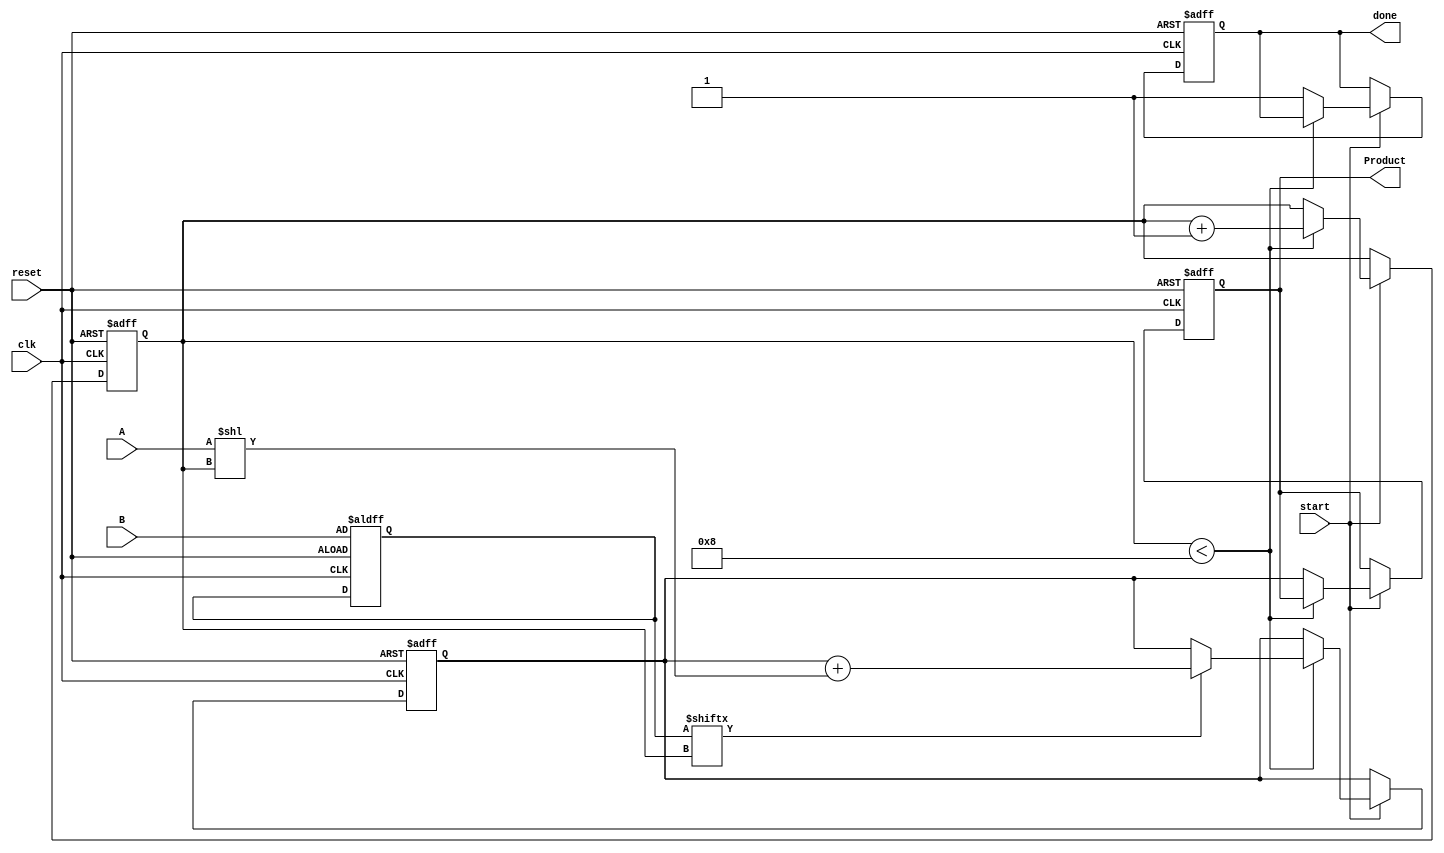
module PartialProductAccumulator #(
    parameter N = 8, // Width of multiplicand
    parameter M = 8  // Width of multiplier
)(
    input wire [N-1:0] A,      // Multiplicand
    input wire [M-1:0] B,      // Multiplier
    input wire clk,            // Clock signal
    input wire reset,          // Asynchronous reset
    input wire start,          // Start signal
    output reg [N+M-1:0] Product, // Final output product
    output reg done            // Done signal
);

    reg [M-1:0] temp_B;        // Temporary register for the multiplier
    reg [N+M-1:0] partial;     // Partial product storage
    reg [3:0] count;           // Count for step iteration (for M bits of B)
    
    always @(posedge clk or posedge reset) begin
        if (reset) begin
            Product <= 0;        // Clear product
            done <= 0;           // Clear done signal
            count <= 0;          // Reset count
            partial <= 0;        // Clear partial product
            temp_B <= B;         // Store B for processing
        end else if (start) begin
            if (count < M) begin
                // Generate partial product based on the current bit of B
                if (temp_B[count]) begin
                    partial <= partial + (A << count); // Shift A based on bit position and accumulate
                end
                count <= count + 1;  // Increment count for next bit
            end else begin
                Product <= partial;   // Final product is the accumulated partial products
                done <= 1;            // Set done signal
            end
        end
    end

endmodule